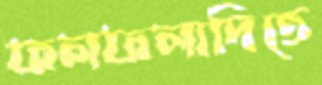
ফলফলাদিতে